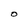
Character: o